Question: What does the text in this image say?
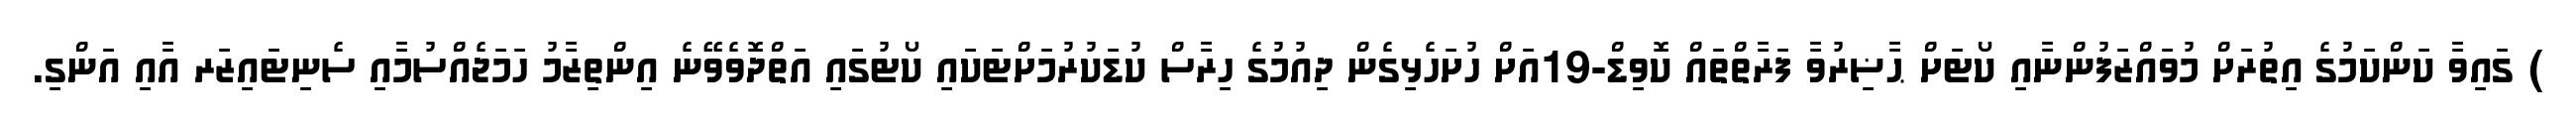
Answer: ) ގައިވާ ކަންކަމުގެ އިތުރަށް މުވައްޒަފުންނާއި ކޯޓަށް ޙާޟިރުވާ ފަރާތްތައް ކޮވިޑް-19އަށް ހުށަހެޅިގެން ދިއުމުގެ ހިރާސް ކުޑަކުރުމަށްޓަކައި ކޯޓުގައި އަތްދޮވެވޭނެ އިންތިޒާމު ހަމަޖެއްސުމާއި ސެނިޓައިޒަރ އާއި އަންގި.